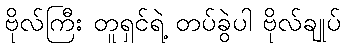
ဗိုလ်ကြီး တူရှင်ရဲ့ တပ်ခွဲပါ ဗိုလ်ချုပ်